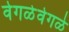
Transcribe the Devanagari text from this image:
वेगळेवेगळे